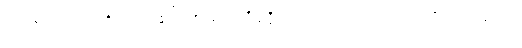
ဤသို့။ သုဏာတိ၊ ကြား၏။ တဿ၊ ထိုပုဂ္ဂိုလ်သည်အား။ ဧဝံ၊ ဤသို့အကြံသည်။